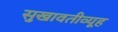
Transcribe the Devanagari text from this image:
सुखावतीव्यूह